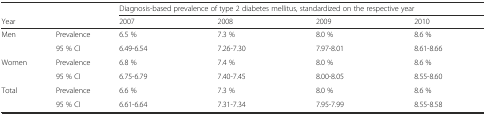
<table><thead><tr><td colspan="2"></td><td colspan="4"><b>Diagnosis-based prevalence of type 2 diabetes mellitus, standardized on the respective year</b></td></tr><tr><td colspan="2"><b>Year</b></td><td><b>2007</b></td><td><b>2008</b></td><td><b>2009</b></td><td><b>2010</b></td></tr></thead><tbody><tr><td rowspan="2">Men</td><td>Prevalence</td><td>6.5 %</td><td>7.3 %</td><td>8.0 %</td><td>8.6 %</td></tr><tr><td>95 % CI</td><td>6.49-6.54</td><td>7.26-7.30</td><td>7.97-8.01</td><td>8.61-8.66</td></tr><tr><td rowspan="2">Women</td><td>Prevalence</td><td>6.8 %</td><td>7.4 %</td><td>8.0 %</td><td>8.6 %</td></tr><tr><td>95 % CI</td><td>6.75-6.79</td><td>7.40-7.45</td><td>8.00-8.05</td><td>8.55-8.60</td></tr><tr><td rowspan="2">Total</td><td>Prevalence</td><td>6.6 %</td><td>7.3 %</td><td>8.0 %</td><td>8.6 %</td></tr><tr><td>95 % CI</td><td>6.61-6.64</td><td>7.31-7.34</td><td>7.95-7.99</td><td>8.55-8.58</td></tr></tbody></table>